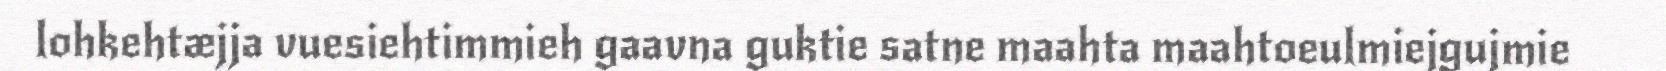
lohkehtæjja vuesiehtimmieh gaavna guktie satne maahta maahtoeulmiejgujmie